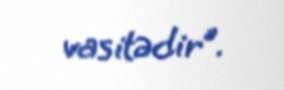
vasitədir”.